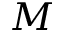
M